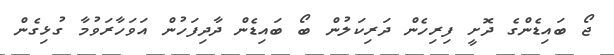
ޖޯ ބައިޑެންގެ ދޮށީ ފިރިހެން ދަރިކަލުން ބޯ ބައިޑެން ދާދިފަހުން އަވަހާރަވުމާ ގުޅިގެން